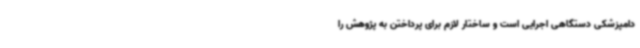
دامپزشکی دستگاهی اجرایی است و ساختار لازم برای پرداختن به پژوهش را